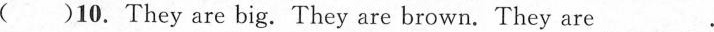
( )10. They are big. They are brown. They are___.